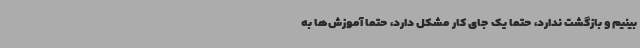
‌بینیم و بازگشت ندارد، حتما یک جای کار مشکل دارد، حتما آموزش‌ها به